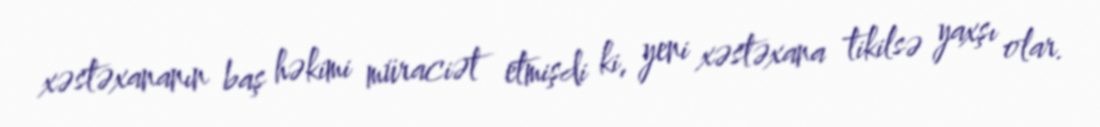
xəstəxananın baş həkimi müraciət etmişdi ki, yeni xəstəxana tikilsə yaxşı olar.